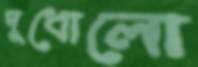
দুধোলো